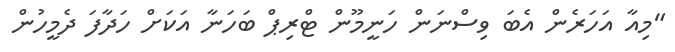
"މިއާ އަހަރެން އެބަ ވިސްނަން ހަނީމޫން ޓްރިޕް ބަހަނާ އަކަށް ހަދާފަ ދެމީހުން